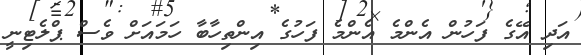
އަދި އޭގެ ފަހުން އެންމެ އެންމެ ފަހުގެ އިންތިހާބާ ހަމައަށް ވެސް ޕްލެޓިނީ